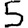
Digit: 5